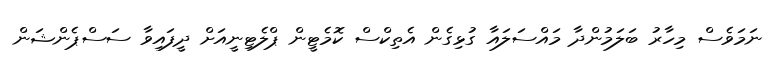
ނަމަވެސް މިހާރު ބަލަމުންދާ މައްސަލައާ ގުޅިގެން އެތިކްސް ކޮމެޓީން ޕްލެޓިނީއަށް ދީފައިވާ ސަސްޕެންޝަން